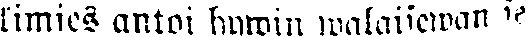
kimies antoi hywin walaisewan se